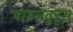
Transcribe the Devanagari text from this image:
पाइनवुड्स